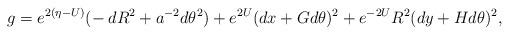
LaTeX: \begin{align*} g = e^{2(\eta - U)} (- \: dR^2 + a^{-2} d\theta^2) + e^{2U} (dx + G d\theta)^2 + e^{-2U} R^2 (dy + H d\theta)^2, \end{align*}